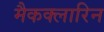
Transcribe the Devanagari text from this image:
मैकक्लारिन